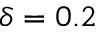
\delta = 0 . 2